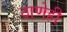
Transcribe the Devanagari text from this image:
ठाणेही